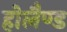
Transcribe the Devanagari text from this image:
होलैण्ड